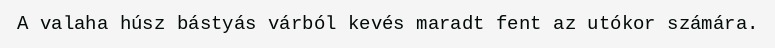
A valaha húsz bástyás várból kevés maradt fent az utókor számára.